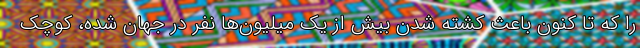
را که تا کنون باعث کشته شدن بیش از یک میلیون‌ها نفر در جهان شده، کوچک